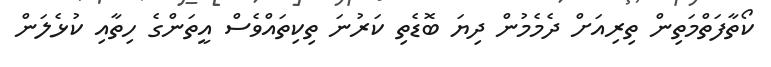
ކޯތާފަތްމަތިން ތިރިއަށް ދެމެމުން ދިޔަ ބޮޑެތި ކަރުނަ ތިކިތައްވެސް އީތަންގެ ހިތާއި ކުޅެލަން